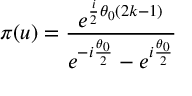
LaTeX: \pi ( u ) = \frac { e ^ { \frac { i } { 2 } \theta _ { 0 } ( 2 k - 1 ) } } { e ^ { - i \frac { \theta _ { 0 } } { 2 } } - e ^ { i \frac { \theta _ { 0 } } { 2 } } }